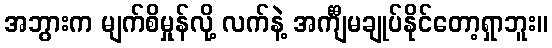
အဘွားက မျက်စိမှုန်လို့ လက်နဲ့ အင်္ကျီမချုပ်နိုင်တော့ရှာဘူး။